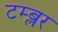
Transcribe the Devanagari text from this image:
टम्ब्लर